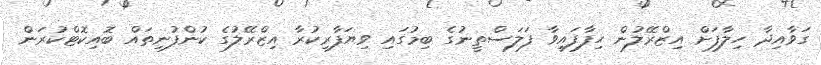
ގަވާއިދާ ހިލާފަށް އިޒްރޭލުން ހިފާފައިވާ ފަލަސްތީނުގެ ބިމުގައި ވިޔަފާރިކުރާ އިޒްރޭލުގެ ކުންފުނިތައް ބޮއިކޮޓްކުރަން